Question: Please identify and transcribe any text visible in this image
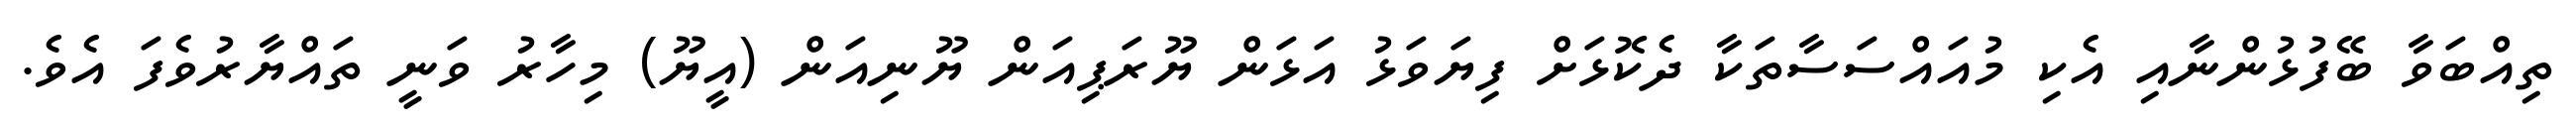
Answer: ތިއްބަވާ ބޭފުޅުންނާއި އެކި މުއައްސަސާތަކާ ދެކޮޅަށް ފިޔަވަޅު އަޅަން ޔޫރަޕިއަން ޔޫނިއަން (އީޔޫ) މިހާރު ވަނީ ތައްޔާރުވެފަ އެވެ.